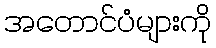
အတောင်ပံများကို